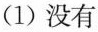
(1)没有